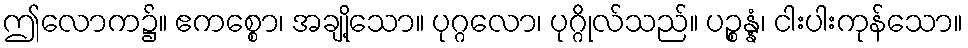
ဤလောက၌။ ဧကစ္စော၊ အချို့သော။ ပုဂ္ဂလော၊ ပုဂ္ဂိုလ်သည်။ ပဉ္စန္နံ၊ ငါးပါးကုန်သော။